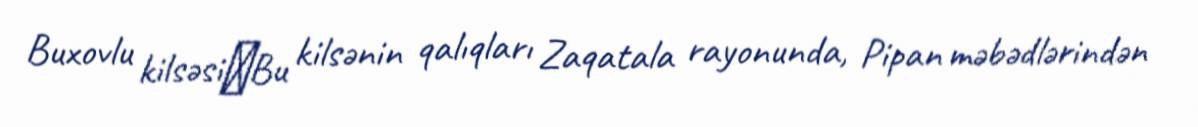
Buxovlu kilsəsi―Bu kilsənin qalıqları Zaqatala rayonunda, Pipan məbədlərindən